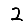
Digit: 2